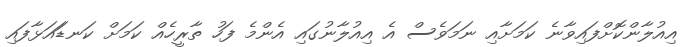
އިއުލާންކޮށްފައިވާނެ ކަމަށާއި ނަމަވެސް އެ އިއުލާނުގައި އެންމެ ފަހު ތާރީހެއް ކަމަށް ކަނޑަައަޅާފައި